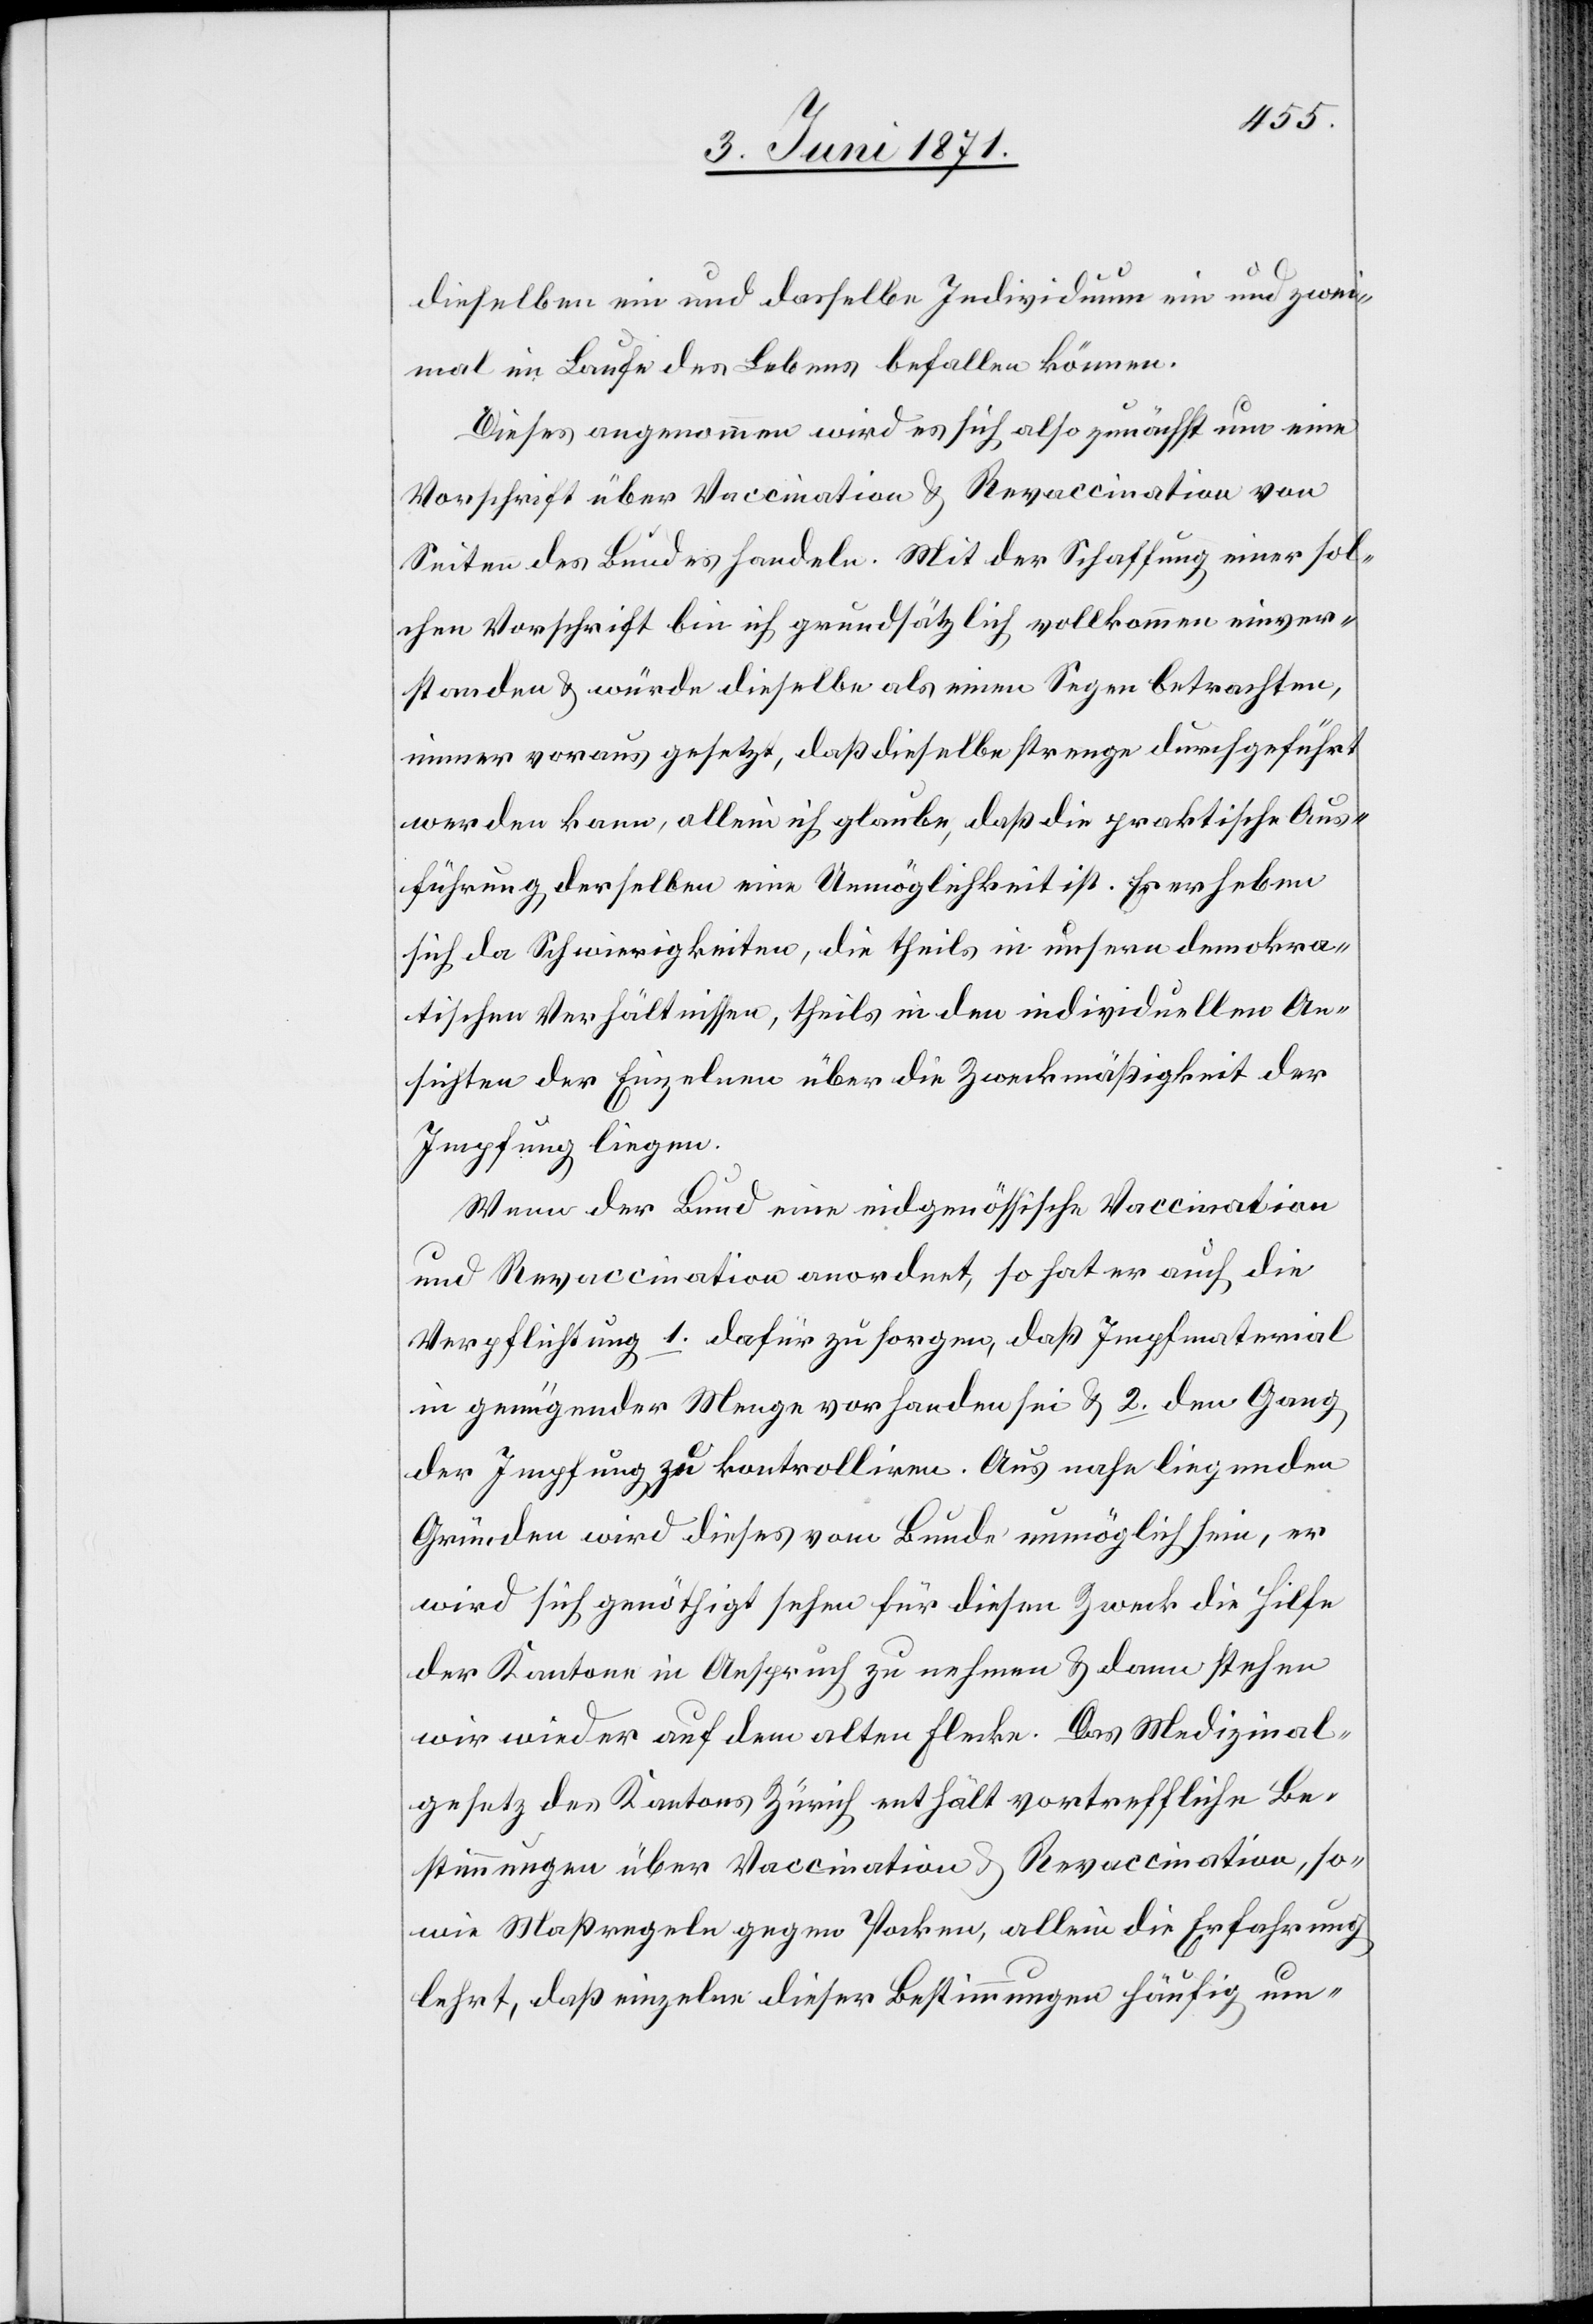
dieselben ein und dasselbe Individuum ein und zwei¬
mal im Laufe des Lebens befallen können.
Dieses angenommen wird es sich also zunächst um eine
Vorschrift über Vaccination u. Revaccination von
Seiten des Bundes handeln. Mit der Schaffung einer sol¬
chen Vorschrift bin ich grundsätzlich vollkommen einver¬
standen u. würde dieselbe als einen Segen betrachten,
immer voraus gesetzt, daß dieselbe strenge durchgeführt
werden kann, allein ich glaube, daß die praktische Aus¬
führung derselben eine Unmöglichkeit ist. Es erheben
sich da Schwierigkeiten, die theils in unsern demokra¬
tischen Verhältnissen, theils in den individuellen An¬
sichten der Einzelnen über die Zweckmäßigkeit der
Impfung liegen.
Wenn der Bund eine eidgenössische Vaccination
und Revaccination anordnet, so hat er auch die
Verpflichtung 1. dafür zu sorgen, daß Impfmaterial
in genügender Menge vorhanden sei u. 2. den Gang
der Impfung zu kontrolliren. Aus naheliegenden
Gründen wird dieses vom Bunde unmöglich sein, er
wird sich genöthigt sehen für diesen Zweck die Hilfe
der Kantone in Anspruch zu nehmen u. dann stehen
wir wieder auf dem alten Flecke. Das Medizinal¬
gesetz des Kantons Zürich enthält vortreffliche Be¬
stimmungen über Vaccination u. Revaccination, so¬
wie Maßregeln gegen Pocken, allein die Erfahrung
lehrt, daß einzelne dieser Bestimmungen häufig um-